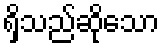
ရှိသည်ဆိုသော